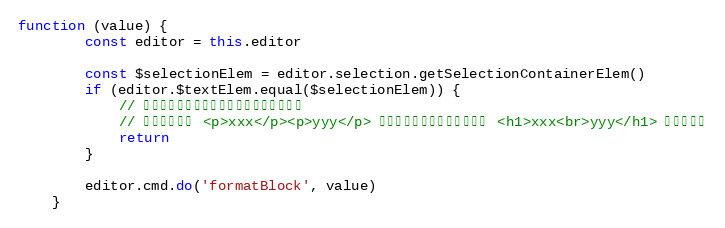
Language: JavaScript
function (value) {
        const editor = this.editor

        const $selectionElem = editor.selection.getSelectionContainerElem()
        if (editor.$textElem.equal($selectionElem)) {
            // 不能选中多行来设置标题，否则会出现问题
            // 例如选中的是 <p>xxx</p><p>yyy</p> 来设置标题，设置之后会成为 <h1>xxx<br>yyy</h1> 不符合预期
            return
        }

        editor.cmd.do('formatBlock', value)
    }